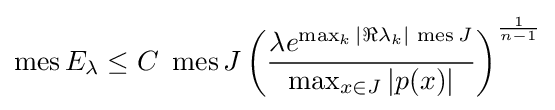
\operatorname {mes} E_{\lambda }\leq C\,\,\operatorname {mes} J\left({\frac {\lambda e^{\max _{k}|\Re \lambda _{k}|\,\operatorname {mes} J}}{\max _{x\in J}|p(x)|}}\right)^{\frac {1}{n-1}}